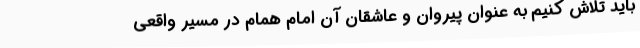
باید تلاش کنیم به عنوان پیروان و عاشقان آن امام همام در مسیر واقعی